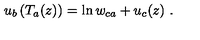
u _ { b } \left( T _ { a } ( z ) \right) = \ln w _ { c a } + u _ { c } ( z ) \ .